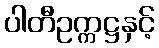
ပါတီဥက္ကဋ္ဌနှင့်